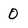
Character: 0